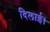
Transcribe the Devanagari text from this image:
दिलाई।